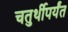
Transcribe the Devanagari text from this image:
चतुर्थीपर्यंत